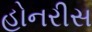
હોનરીસ